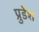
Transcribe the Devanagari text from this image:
प्रुडेंश